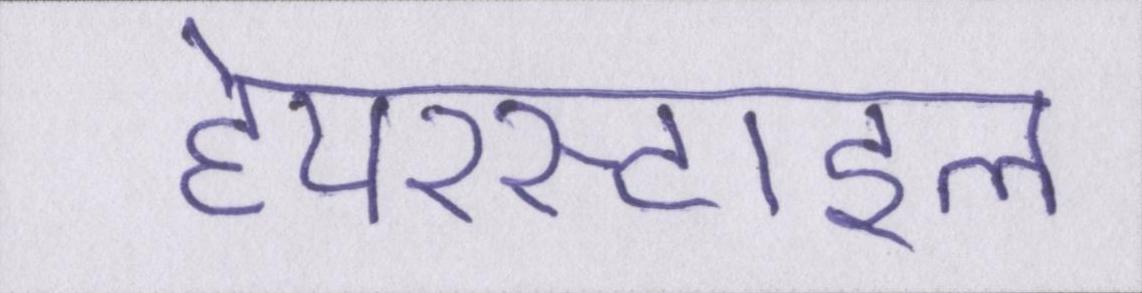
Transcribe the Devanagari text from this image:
हेयरस्टाइल